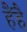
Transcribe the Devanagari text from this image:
हैंहै